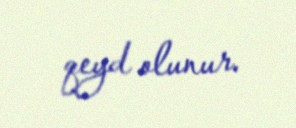
qeyd olunur.